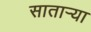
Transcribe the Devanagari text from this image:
सातार्‍या